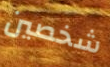
شخصين